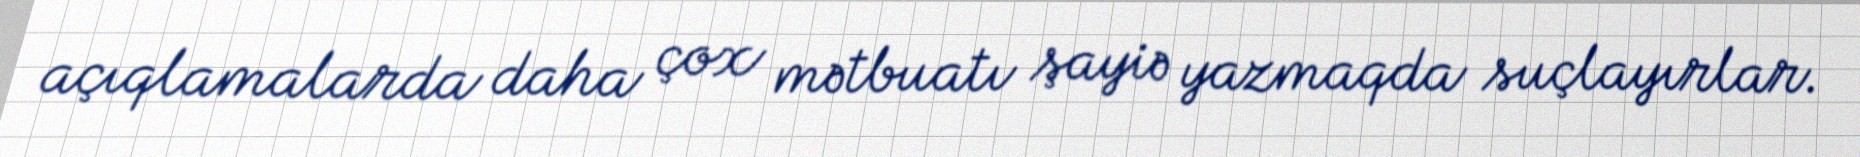
açıqlamalarda daha çox mətbuatı şayiə yazmaqda suçlayırlar.